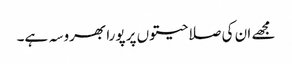
مجھے ان کی صلاحیتوں پر پورا بھروسہ ہے۔